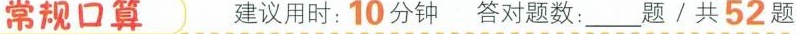
常规口算 建议用时：10分钟 答对题数___题/共52题